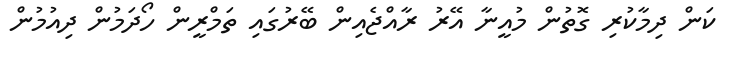
ކަން ދިމާކުރި ގޮތުން މުއީނާ އޭރު ރާއްޖެއިން ބޭރުގައި ތަމްރީން ހޯދަމުން ދިއުމުން